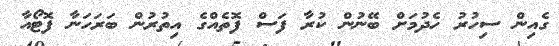
ގެއިން ސިހުރު ހެދުމަށް ބޭނުން ކުރާ ފަސް ފޮތެއްގެ އިތުރުން ބަރަހަނާ ފޮޓޯއާ